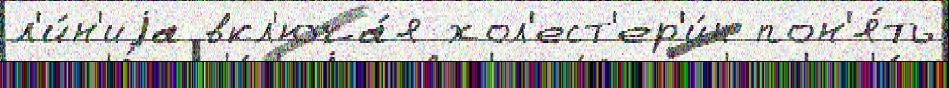
л'и́н'иjа вкл'юча́я хол'ест'ер'и́н пон'я́ть